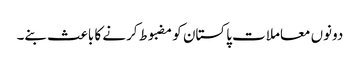
دونوں معاملات پاکستان کو مضبوط کرنے کا باعث بنے۔